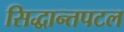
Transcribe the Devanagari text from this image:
सिद्धान्तपटल